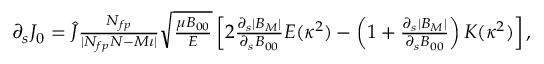
\begin{array} { r } { \partial _ { s } J _ { 0 } = \hat { J } \frac { N _ { f p } } { | N _ { f p } N - M \iota | } \sqrt { \frac { \mu B _ { 0 0 } } { { \cal E } } } \left[ 2 \frac { \partial _ { s } | B _ { M } | } { \partial _ { s } B _ { 0 0 } } E ( \kappa ^ { 2 } ) - \left( 1 + \frac { \partial _ { s } | B _ { M } | } { \partial _ { s } B _ { 0 0 } } \right) K ( \kappa ^ { 2 } ) \right] , } \end{array}